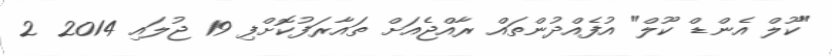
"ކޫލް އެންޑް ކޫލް" އުފެއްދުންތައް ރާއްޖެއަށް ތައާރަފުކޮށްފި 19 ޖުލައި 2014 2